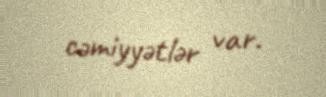
cəmiyyətlər var.